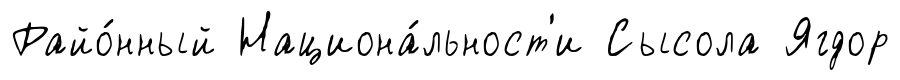
Райо́нный Национа́льност'и Сысола Ягдор